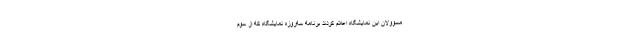
مسوولان این نمایشگاه اعلام کردند برنامه سه‌روزه نمایشگاه که از سوم